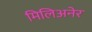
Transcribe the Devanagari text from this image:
मिलिअनेर